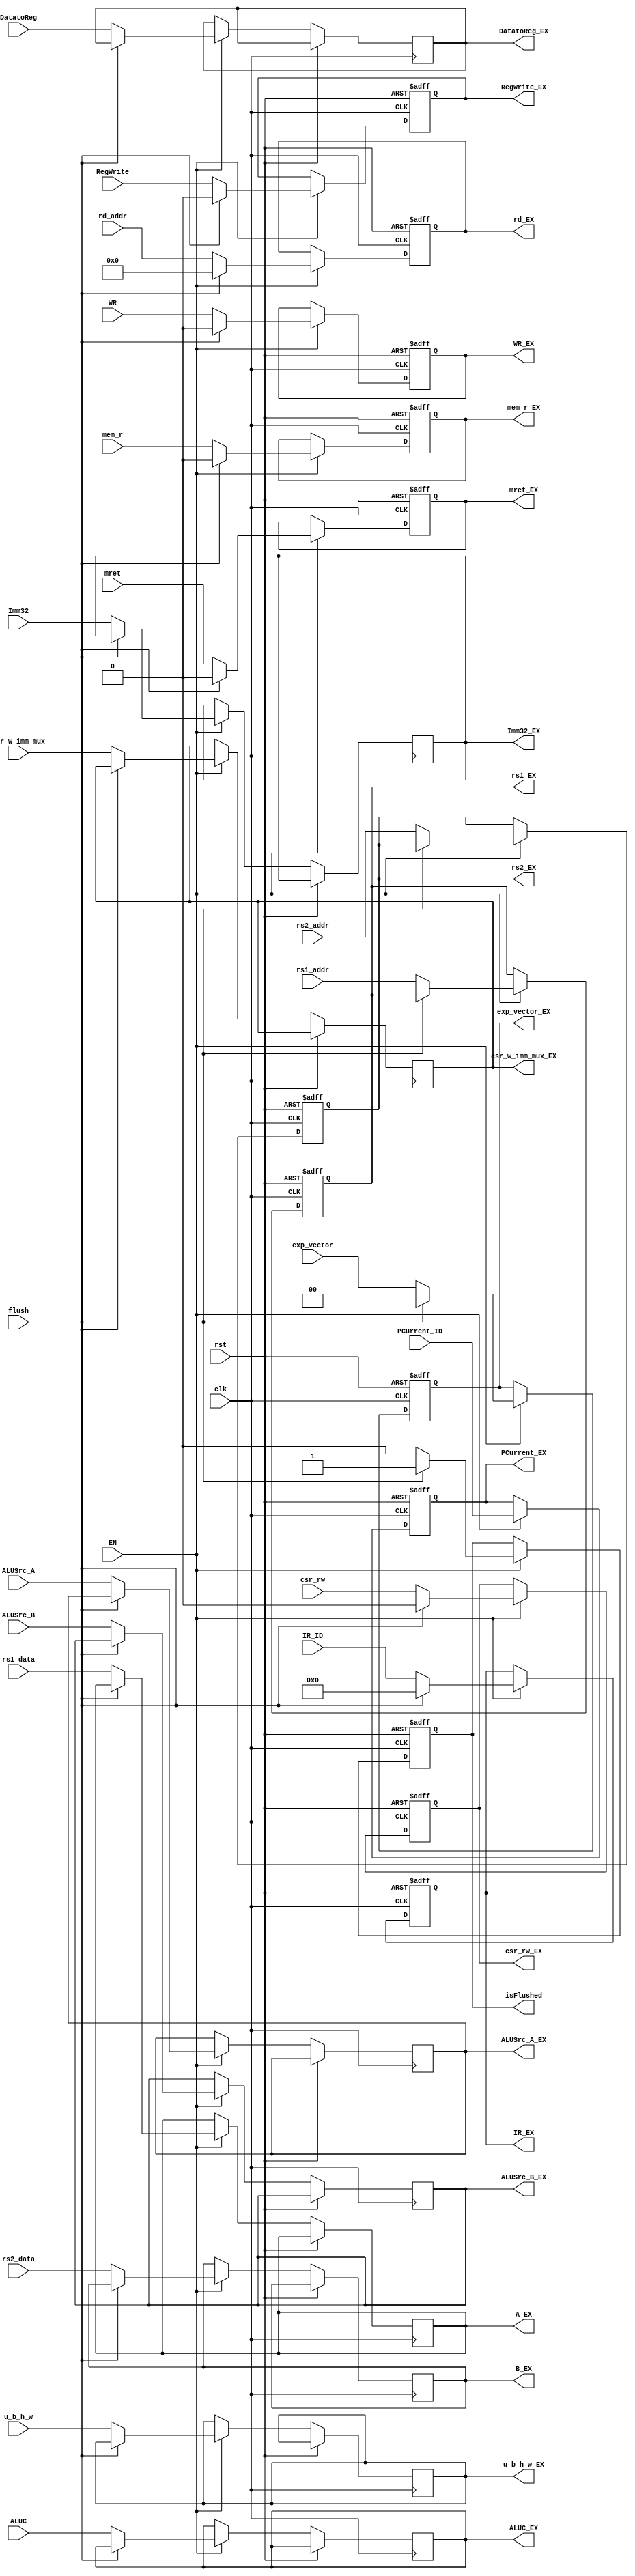
`timescale 1ns / 1ps
//////////////////////////////////////////////////////////////////////////////////
// Company:
// Engineer:
//
// Design Name:
// Module Name:    REGS ID/EX Latch
// Project Name:
// Target Devices:
// Tool versions:
// Description:
//
// Dependencies:
//
// Revision:
// Revision 0.01 - File Created
// Additional Comments:
//
//////////////////////////////////////////////////////////////////////////////////

module    REG_ID_EX(input clk,                                         //ID/EX Latch
                    input rst,
                    input EN,                                          //?
                    input flush,                                       //DStall
                    input [31:0] IR_ID,                                //()
                    input [31:0] PCurrent_ID,                          //?
                    input [4:0] rs1_addr,                               //A
                    input [4:0] rs2_addr,                               //B
                    input [31:0] rs1_data,                             //A
                    input [31:0] rs2_data,                             //A
                    input [31:0] Imm32,                                //?32?
                    input [4:0]  rd_addr,                              //?
                    input ALUSrc_A,                             //ALU A
                    input ALUSrc_B,                             //ALU B
                    input [3:0]  ALUC,                                 //ALU
                    input DatatoReg,                            //REG?
                    input RegWrite,                                    //?
                    input WR,                                          //
                    input [2:0] u_b_h_w,
                    input mem_r,
                    input csr_rw,
                    input csr_w_imm_mux,
                    input mret,
                    input[1:0] exp_vector,

                    output reg[31:0] PCurrent_EX,                      //
                    output reg[31:0] IR_EX,                            //()
                    output reg[4:0]  rs1_EX,
                    output reg[4:0]  rs2_EX,
                    output reg[31:0] A_EX,                             //A
                    output reg[31:0] B_EX,                             //B
                    output reg[31:0] Imm32_EX,                          //32?
                    output reg[4:0]  rd_EX,                            //
                    output reg       ALUSrc_A_EX,                      //ALU A
                    output reg       ALUSrc_B_EX,                      //ALU B()
                    output reg[3:0]  ALUC_EX,                          //ALU
                    output reg       DatatoReg_EX,                     //REG?
                    output reg       RegWrite_EX,                      //
                    output reg       WR_EX,                            //?
                    output reg[2:0]  u_b_h_w_EX,
                    output reg       mem_r_EX,
                    output reg       isFlushed,
                    output reg       csr_rw_EX,
                    output reg       csr_w_imm_mux_EX,
                    output reg       mret_EX,
                    output reg[1:0]  exp_vector_EX
                );

    always @(posedge clk or posedge rst) begin                           //ID/EX Latch
        if(rst) begin
            rd_EX         <= 0;
            RegWrite_EX   <= 0;
            WR_EX         <= 0;
            IR_EX         <= 32'h00000000;
            PCurrent_EX   <= 32'h00000000 ;
            rs1_EX        <= 0;
            rs2_EX        <= 0;
            mem_r_EX        <= 0;
            isFlushed     <= 0;
            csr_rw_EX     <= 0;
            mret_EX       <= 0;
            exp_vector_EX <= 0;
        end
        else if(EN)begin
            if(flush)begin                               //CPU??
                IR_EX         <= 32'h00000000;             //nop, : 32'h00000013
                rd_EX         <= 0;                        //cancel Instruction write address
                RegWrite_EX   <= 0;                        //?
                WR_EX         <= 0;                        //cancel write memory
                PCurrent_EX   <= PCurrent_ID;              //?PC()
                mem_r_EX        <= 0;
                isFlushed     <= 1;
                csr_rw_EX     <= 0;
                mret_EX       <= 0;
                exp_vector_EX <= 0;
            end
            else begin                                       //EX?
                PCurrent_EX      <= PCurrent_ID;              //??
                IR_EX            <= IR_ID;                    //??()
                A_EX             <= rs1_data;                 //?A
                B_EX             <= rs2_data;                 //?B
                Imm32_EX         <= Imm32;                    //??
                rd_EX            <= rd_addr;                  //??
                rs1_EX           <= rs1_addr;
                rs2_EX           <= rs2_addr;
                ALUSrc_A_EX      <= ALUSrc_A;                 //?ALU A
                ALUSrc_B_EX      <= ALUSrc_B;                 //?ALU B
                ALUC_EX          <= ALUC;                     //?ALU
                DatatoReg_EX     <= DatatoReg;               //?REG?
                RegWrite_EX      <= RegWrite;                 //??
                WR_EX            <= WR;                       //?
                u_b_h_w_EX       <= u_b_h_w;
                mem_r_EX         <= mem_r;
                isFlushed        <= 0;
                csr_rw_EX        <= csr_rw;
                mret_EX          <= mret;
                exp_vector_EX    <= exp_vector;
                csr_w_imm_mux_EX <= csr_w_imm_mux;
            end
        end
    end

endmodule